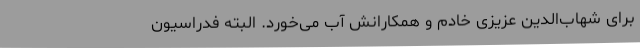
برای شهاب‌الدین عزیزی خادم و همکارانش آب می‌خورد. البته فدراسیون